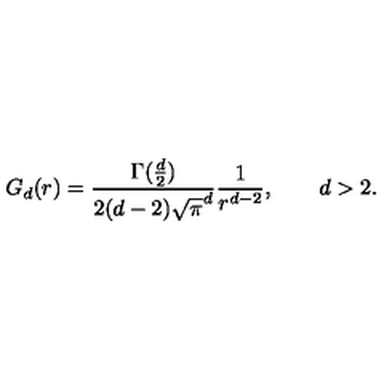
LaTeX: G _ { d } ( r ) = \frac { \Gamma ( \frac { d } { 2 } ) } { 2 ( d - 2 ) \sqrt { \pi } ^ { d } } \frac { 1 } { r ^ { d - 2 } } , \qquad d > 2 .